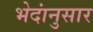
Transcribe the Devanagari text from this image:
भेदांनुसार